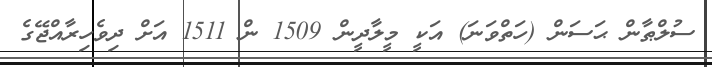
ސުލްޠާން ޙަސަން (ހަތްވަނަ) އަކީ މީލާދީން 1509 ން 1511 އަށް ދިވެހިރާއްޖޭގެ